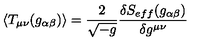
\langle T _ { \mu \nu } ( g _ { \alpha \beta } ) \rangle = \frac { 2 } { \sqrt { - g } } \frac { \delta S _ { e f f } ( g _ { \alpha \beta } ) } { \delta g ^ { \mu \nu } }